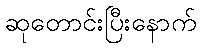
ဆုတောင်းပြီးနောက်